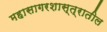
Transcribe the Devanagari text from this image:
महासागरशास्त्रातील